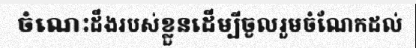
ចំណេះដឹងរបស់ខ្លួនដើម្បីចូលរួមចំណែកដល់